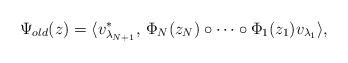
LaTeX: \begin{align*}\Psi_{old} (z)= \langle v_{\lambda_{N+1}}^{\ast},\,\Phi_{N}(z_{N})\circ\cdots\circ\Phi_{1}(z_{1})v_{\lambda_{1}}\rangle,\end{align*}